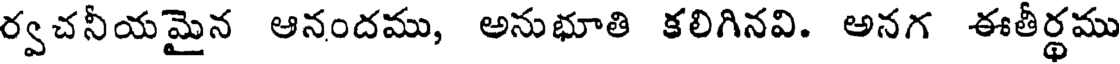
ర్వచనీయమైన ఆనందము, అనుభూతి కలిగినవి. అనగ ఈతీర్థము